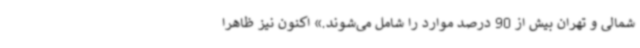
شمالی و تهران بیش از 90 درصد موارد را شامل می‌شوند.» اکنون نیز ظاهرا